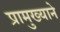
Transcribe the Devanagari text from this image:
प्रामुख्‍याने